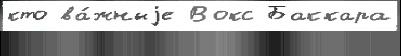
кто ва́жныjе Вокс Баккара